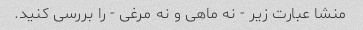
منشا عبارت زیر - نه ماهی و نه مرغی - را بررسی کنید.